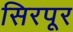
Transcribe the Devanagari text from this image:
सिरपूर